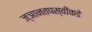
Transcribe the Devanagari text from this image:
ज्ञानतपस्वींकडे